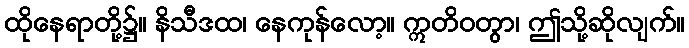
ထိုနေရာတို့၌။ နိသီဒထ၊ နေကုန်လော့။ ဣတိဝတွာ၊ ဤသို့ဆိုလျက်။